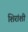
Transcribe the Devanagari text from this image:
शिरांशी